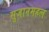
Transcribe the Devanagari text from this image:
सुजानमहल